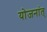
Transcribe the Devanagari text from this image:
योजनांत्‌